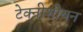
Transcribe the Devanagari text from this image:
टेक्नीशीयन